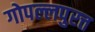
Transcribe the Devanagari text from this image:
गोपल्लपुरत्त